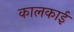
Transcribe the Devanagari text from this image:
कालकाई